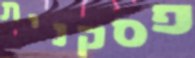
פסקנית